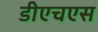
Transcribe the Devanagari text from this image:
डीएचएस